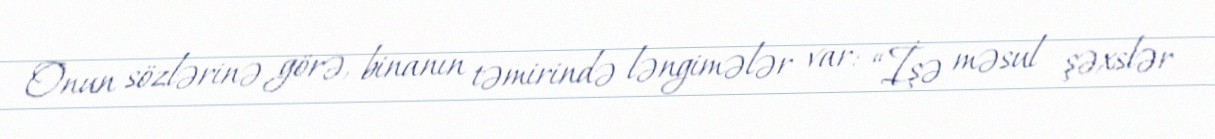
Onun sözlərinə görə, binanın təmirində ləngimələr var: “İşə məsul şəxslər